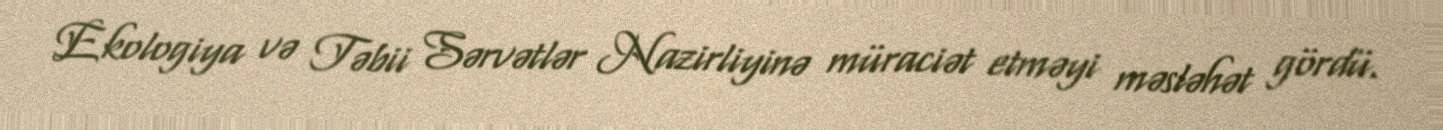
Ekologiya və Təbii Sərvətlər Nazirliyinə müraciət etməyi məsləhət gördü.